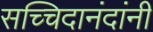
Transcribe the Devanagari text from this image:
सच्चिदानंदांनी